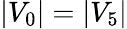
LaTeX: |V_{0}|=|V_{5}|